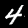
Label: 4